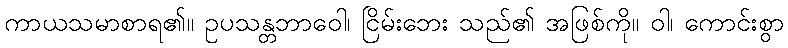
ကာယသမာစာရ၏။ ဥပသန္တဘာဝေါ၊ ငြိမ်းဘေး သည်၏ အဖြစ်ကို။ ဝါ၊ ကောင်းစွာ